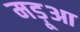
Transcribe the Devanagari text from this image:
मड़ूआ